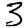
Digit: 3